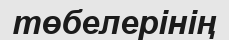
төбелерінің